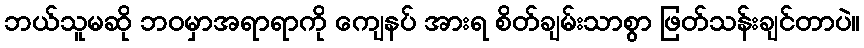
ဘယ်သူမဆို ဘဝမှာအရာရာကို ကျေနပ် အားရ စိတ်ချမ်းသာစွာ ဖြတ်သန်းချင်တာပဲ။